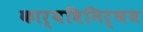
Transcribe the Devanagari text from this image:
कार्यविनिर्णय